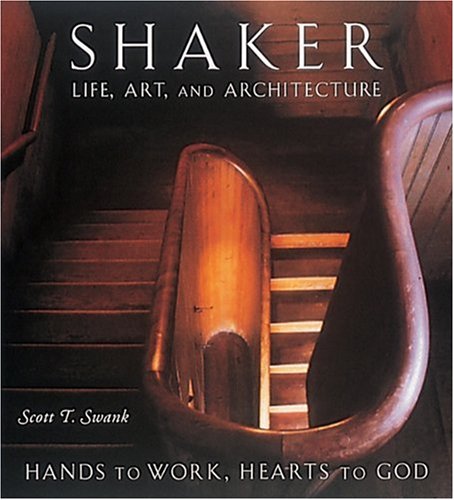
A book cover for Shaker Life, Art, and Architecture : Hands to Work, Hearts to God; Scott T. Swank; Christian Books & Bibles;